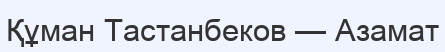
Құман Тастанбеков — Азамат